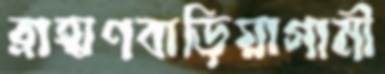
ব্রাহ্মণবাড়িয়াগামী